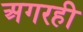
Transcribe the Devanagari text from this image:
अगरही